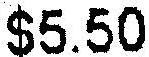
$5.50